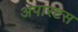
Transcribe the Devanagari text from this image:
अपारटस